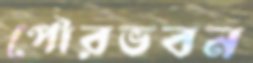
পৌরভবন